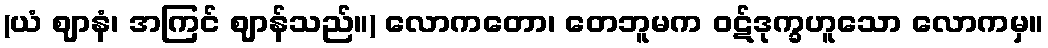
(ယံ ဈာနံ၊ အကြင် ဈာန်သည်။) လောကတော၊ တေဘူမက ဝဋ်ဒုက္ခဟူသော လောကမှ။